Vaccination United Provinces of Agra and Oudh 1914-1922 - 1914-1922
Year: 1914
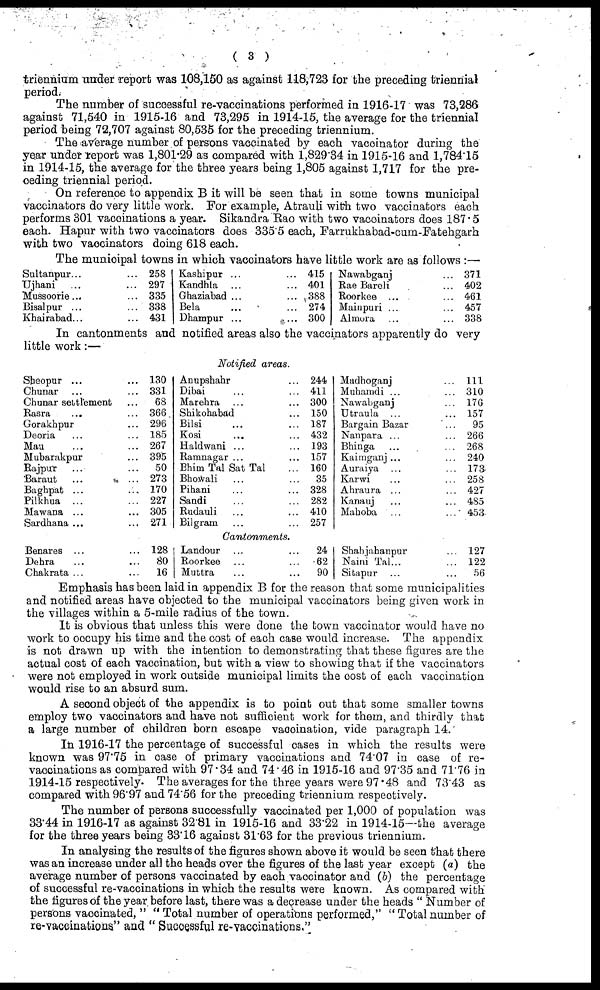
( 3 )
triennium under report was 108.150 as against 118,723 for the preceding triennial
period.
The number of successful re-vaccinations performed in 1916-17 was 73,286
against 71,540 in 1915-16 and 73,295 in 1914-15, the average for the triennial
period being 72,707 against 80,535 for the preceding triennium.
The average number of persons vaccinated by each vaccinator during the
year under report was 1,801.29 as compared with 1,829.34 in 1915-16 and 1,784.15
in 1914-15, the average for the three years being 1,805 against 1,717 for the pre-
ceding triennial period.
On reference to appendix B it will be seen that in some towns municipal
vaccinators do very little work. For example, Atrauli with two vaccinators each
performs 301 vaccinations a year. Sikandra Rao with two vaccinators does 187.5
each. Hapur with two vaccinators does 335.5 each, Farrukhabad-cum-Fatehgarh
with two vaccinators doing 618 each.
The municipal towns in which vaccinators have little work are as follows :—
Sultanpur... ...
Ujhani ... ...
Mussoorie ... ...
Bisalpur ... ...
Khairabad... ...
258
297
335
338
431
Kashipur ... ...
Kandhla ... ...
Ghaziabad ... ...
Bela ... ...
Dhampur ... ...
415
401
388
274
300
Nawabganj ...
Rae Bareli ...
Roorkee ... ...
Mainpuri ... ...
Almora ... ...
371
402
461
457
338
In cantonments and notified areas also the vaccinators apparently do very
little work:—
Notified areas.
Sheopur ... ...
Chunar ... ...
Chunar settlement ...
Rasra ... ...
Gorakhpur ...
Deoria ... ...
Mau ... ...
Mubarakpur ...
Rajput ... ...
Baraut ... ...
Baghpat ... ...
Pilkhua ... ...
Mawana ... ...
Sardhana ... ...
130
331
68
366
296
185
267
395
50
273
170
227
305
271
Anupshahr ...
Dibai ... ...
Marehra ... ...
Shikohabad ...
Bilsi ... ...
Kosi ... ...
Haldwani ... ...
Ramnagar ... ...
Bhim Tal Sat Tal ...
Bhowali ... ...
Pihani ... ...
Sandi ... ...
Rudauli ... ...
Bilgram ... ...
244
411
300
150
187
432
193
157
160
35
328
282
410
257
Madhoganj ...
Muhamdi ... ...
Nawabganj ...
Utraula ... ...
Bargain Bazar ...
Nanpara ... ...
Bhinga ... ...
Kaimganj ... ...
Auraiya ... ...
Karwi ... ...
Ahraura ... ...
Kanauj ... ...
Mahoba ... ...
111
310
176
157
95
266
268
240
173
258
427
485
453
Cantonments.
Benares ... ...
Dehra ... ...
Chakrata ... ...
128
80
16
Landour ... ...
Roorkee ... ...
Muttra ... ...
24
62
90
Shahjahanpur ...
Naini Tal... ...
Sitapur ... ...
127
122
56
Emphasis has been laid in appendix B for the reason that some municipalities
and notified areas have objected to the municipal vaccinators being given work in
the villages within a 5-mile radius of the town.
It is obvious that unless this were done the town vaccinator would have no
work to occupy his time and the cost of each case would increase. The appendix
is not drawn up with the intention to demonstrating that these figures are the
actual cost of each vaccination, but with a view to showing that if the vaccinators
were not employed in work outside municipal limits the cost of each vaccination
would rise to an absurd sum.
A second object of the appendix is to point out that some smaller towns
employ two vaccinators and have not sufficient work for them, and thirdly that
a large number of children born escape vaccination, vide paragraph 14.
In 1916-17 the percentage of successful cases in which the results were
known was 97.75 in case of primary vaccinations and 74.07 in case of re-
vaccinations as compared with 97.34 and 74.46 in 1915-16 and 97.35 and 71.76 in
1914-15 respectively. The averages for the three years were 97.48 and 73.43 as
compared with 96.97 and 74.56 for the preceding triennium respectively.
The number of persons successfully vaccinated per 1,000 of population was
33.44 in 1916-17 as against 32.81 in 1915-16 and 33.22 in 1914-15—the average
for the three years being 33.16 against 31.63 for the previous triennium.
In analysing the results of the figures shown above it would be seen that there
was an increase under all the heads over the figures of the last year except (a) the
average number of persons vaccinated by each vaccinator and (b) the percentage
of successful re-vaccinations in which the results were known. As compared with
the figures of the year before last, there was a decrease under the heads " Number of
persons vaccinated, " " Total number of operations performed," " Total number of
re-vaccinations" and " Successful re-vaccinations."